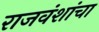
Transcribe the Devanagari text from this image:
राजवंशांचा